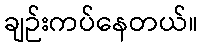
ချဉ်းကပ်နေတယ်။